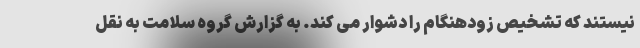
نیستند که تشخیص زودهنگام را دشوار می کند. به گزارش گروه سلامت به نقل